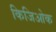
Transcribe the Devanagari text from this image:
किजिओक